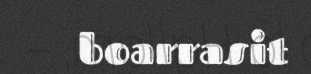
boarrasit